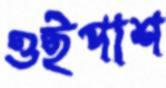
ওইপাশ